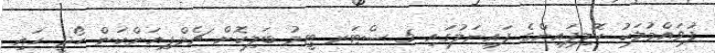
ފުވައްމުލަކު ކޮލިިފައިންގެ ފައިނަލުގައި 5 ސްޓަރ ޓީމު ބަލިކޮށް ޗެމްޕިއަންކަން ހޯދީ ހައި